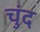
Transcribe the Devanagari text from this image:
चुंद